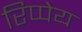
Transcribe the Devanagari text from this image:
रिप्पेय